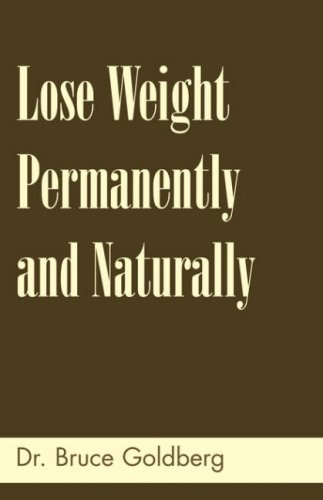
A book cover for Lose Weight Permanently And Naturally; Dr. Bruce Goldberg; Health, Fitness & Dieting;